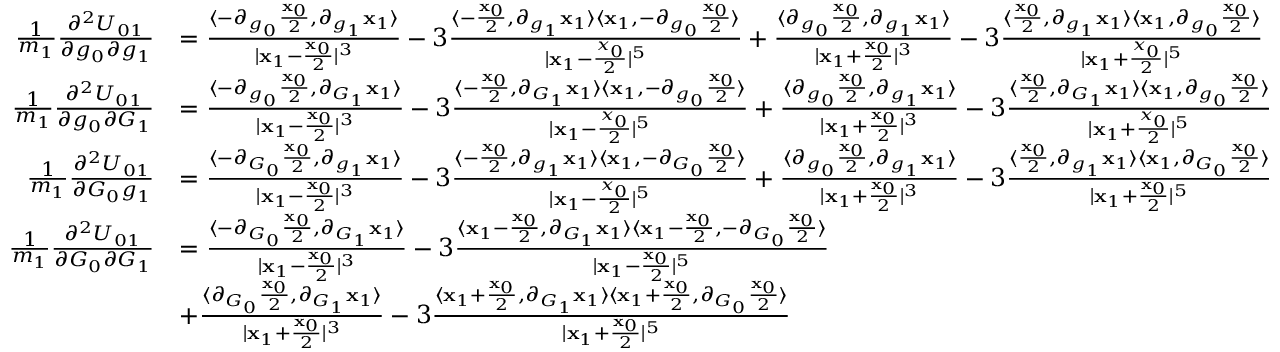
\begin{array} { r l } { \frac { 1 } { m _ { 1 } } \frac { \partial ^ { 2 } U _ { 0 1 } } { \partial g _ { 0 } \partial g _ { 1 } } } & { = \frac { \langle - \partial _ { g _ { 0 } } \frac { \mathbf { x } _ { 0 } } { 2 } , \partial _ { g _ { 1 } } \mathbf { x } _ { 1 } \rangle } { | \mathbf { x } _ { 1 } - \frac { \mathbf { x } _ { 0 } } { 2 } | ^ { 3 } } - 3 \frac { \langle - \frac { \mathbf { x } _ { 0 } } { 2 } , \partial _ { g _ { 1 } } \mathbf { x } _ { 1 } \rangle \langle \mathbf { x } _ { 1 } , - \partial _ { g _ { 0 } } \frac { \mathbf { x } _ { 0 } } { 2 } \rangle } { | \mathbf { x } _ { 1 } - \frac { x _ { 0 } } { 2 } | ^ { 5 } } + \frac { \langle \partial _ { g _ { 0 } } \frac { \mathbf { x } _ { 0 } } { 2 } , \partial _ { g _ { 1 } } \mathbf { x } _ { 1 } \rangle } { | \mathbf { x } _ { 1 } + \frac { \mathbf { x } _ { 0 } } { 2 } | ^ { 3 } } - 3 \frac { \langle \frac { \mathbf { x } _ { 0 } } { 2 } , \partial _ { g _ { 1 } } \mathbf { x } _ { 1 } \rangle \langle \mathbf { x } _ { 1 } , \partial _ { g _ { 0 } } \frac { \mathbf { x } _ { 0 } } { 2 } \rangle } { | \mathbf { x } _ { 1 } + \frac { x _ { 0 } } { 2 } | ^ { 5 } } } \\ { \frac { 1 } { m _ { 1 } } \frac { \partial ^ { 2 } U _ { 0 1 } } { \partial g _ { 0 } \partial G _ { 1 } } } & { = \frac { \langle - \partial _ { g _ { 0 } } \frac { \mathbf { x } _ { 0 } } { 2 } , \partial _ { G _ { 1 } } \mathbf { x } _ { 1 } \rangle } { | \mathbf { x } _ { 1 } - \frac { \mathbf { x } _ { 0 } } { 2 } | ^ { 3 } } - 3 \frac { \langle - \frac { \mathbf { x } _ { 0 } } { 2 } , \partial _ { G _ { 1 } } \mathbf { x } _ { 1 } \rangle \langle \mathbf { x } _ { 1 } , - \partial _ { g _ { 0 } } \frac { \mathbf { x } _ { 0 } } { 2 } \rangle } { | \mathbf { x } _ { 1 } - \frac { x _ { 0 } } { 2 } | ^ { 5 } } + \frac { \langle \partial _ { g _ { 0 } } \frac { \mathbf { x } _ { 0 } } { 2 } , \partial _ { g _ { 1 } } \mathbf { x } _ { 1 } \rangle } { | \mathbf { x } _ { 1 } + \frac { \mathbf { x } _ { 0 } } { 2 } | ^ { 3 } } - 3 \frac { \langle \frac { \mathbf { x } _ { 0 } } { 2 } , \partial _ { G _ { 1 } } \mathbf { x } _ { 1 } \rangle \langle \mathbf { x } _ { 1 } , \partial _ { g _ { 0 } } \frac { \mathbf { x } _ { 0 } } { 2 } \rangle } { | \mathbf { x } _ { 1 } + \frac { x _ { 0 } } { 2 } | ^ { 5 } } } \\ { \frac { 1 } { m _ { 1 } } \frac { \partial ^ { 2 } U _ { 0 1 } } { \partial G _ { 0 } g _ { 1 } } } & { = \frac { \langle - \partial _ { G _ { 0 } } \frac { \mathbf { x } _ { 0 } } { 2 } , \partial _ { g _ { 1 } } \mathbf { x } _ { 1 } \rangle } { | \mathbf { x } _ { 1 } - \frac { \mathbf { x } _ { 0 } } { 2 } | ^ { 3 } } - 3 \frac { \langle - \frac { \mathbf { x } _ { 0 } } { 2 } , \partial _ { g _ { 1 } } \mathbf { x } _ { 1 } \rangle \langle \mathbf { x } _ { 1 } , - \partial _ { G _ { 0 } } \frac { \mathbf { x } _ { 0 } } { 2 } \rangle } { | \mathbf { x } _ { 1 } - \frac { x _ { 0 } } { 2 } | ^ { 5 } } + \frac { \langle \partial _ { g _ { 0 } } \frac { \mathbf { x } _ { 0 } } { 2 } , \partial _ { g _ { 1 } } \mathbf { x } _ { 1 } \rangle } { | \mathbf { x } _ { 1 } + \frac { \mathbf { x } _ { 0 } } { 2 } | ^ { 3 } } - 3 \frac { \langle \frac { \mathbf { x } _ { 0 } } { 2 } , \partial _ { g _ { 1 } } \mathbf { x } _ { 1 } \rangle \langle \mathbf { x } _ { 1 } , \partial _ { G _ { 0 } } \frac { \mathbf { x } _ { 0 } } { 2 } \rangle } { | \mathbf { x } _ { 1 } + \frac { \mathbf { x } _ { 0 } } { 2 } | ^ { 5 } } } \\ { \frac { 1 } { m _ { 1 } } \frac { \partial ^ { 2 } U _ { 0 1 } } { \partial G _ { 0 } \partial G _ { 1 } } } & { = \frac { \langle - \partial _ { G _ { 0 } } \frac { \mathbf { x } _ { 0 } } { 2 } , \partial _ { G _ { 1 } } \mathbf { x } _ { 1 } \rangle } { | \mathbf { x } _ { 1 } - \frac { \mathbf { x } _ { 0 } } { 2 } | ^ { 3 } } - 3 \frac { \langle \mathbf { x } _ { 1 } - \frac { \mathbf { x } _ { 0 } } { 2 } , \partial _ { G _ { 1 } } \mathbf { x } _ { 1 } \rangle \langle \mathbf { x } _ { 1 } - \frac { \mathbf { x } _ { 0 } } { 2 } , - \partial _ { G _ { 0 } } \frac { \mathbf { x } _ { 0 } } { 2 } \rangle } { | \mathbf { x } _ { 1 } - \frac { \mathbf { x } _ { 0 } } { 2 } | ^ { 5 } } } \\ & { + \frac { \langle \partial _ { G _ { 0 } } \frac { \mathbf { x } _ { 0 } } { 2 } , \partial _ { G _ { 1 } } \mathbf { x } _ { 1 } \rangle } { | \mathbf { x } _ { 1 } + \frac { \mathbf { x } _ { 0 } } { 2 } | ^ { 3 } } - 3 \frac { \langle \mathbf { x } _ { 1 } + \frac { \mathbf { x } _ { 0 } } { 2 } , \partial _ { G _ { 1 } } \mathbf { x } _ { 1 } \rangle \langle \mathbf { x } _ { 1 } + \frac { \mathbf { x } _ { 0 } } { 2 } , \partial _ { G _ { 0 } } \frac { \mathbf { x } _ { 0 } } { 2 } \rangle } { | \mathbf { x } _ { 1 } + \frac { \mathbf { x } _ { 0 } } { 2 } | ^ { 5 } } } \end{array}